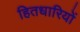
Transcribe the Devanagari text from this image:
हितधारियों